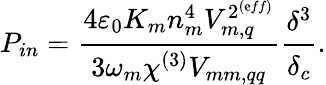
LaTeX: P_{in}=\cfrac{4\varepsilon_{0}K_{m}n_{m}^{4}V_{m,q}^{2^{{(\mathrm{e}ff)}}}}{3\omega_{m}\chi^{(3)}V_{mm,qq}}\cfrac{\delta^{3}}{\delta_{c}}.